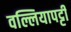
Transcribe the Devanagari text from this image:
वल्लियापट्टी